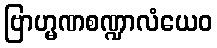
ဗြာဟ္မဏစဏ္ဍာလံယေဝ